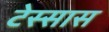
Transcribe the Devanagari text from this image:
टेस्सास